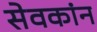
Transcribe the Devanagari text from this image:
सेवकांन